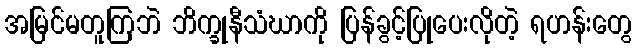
အမြင်မတူကြဘဲ ဘိက္ခုနီသံဃာကို ပြန်ခွင့်ပြုပေးလိုတဲ့ ရဟန်းတွေ